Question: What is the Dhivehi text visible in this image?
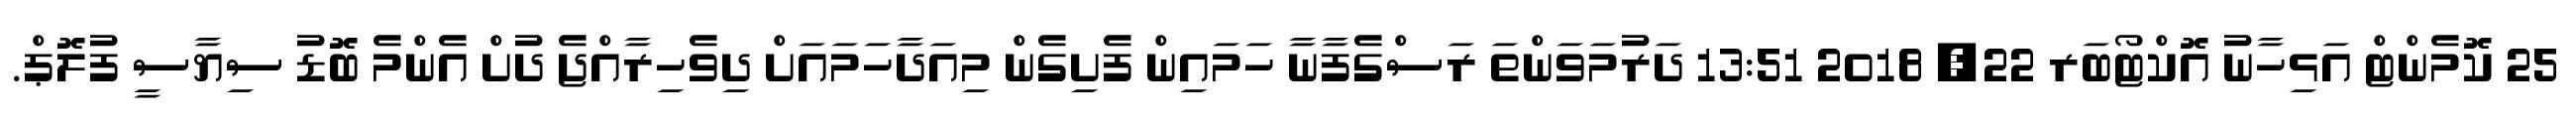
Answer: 25 ކޮމެންޓް އަޅިހާނު އޮކްޓޯބަރ 22, 2018 13:51 ދަރުމަވަންތަ ރަސްގެފާނާ ހަމައިން ފެށިގެން މިއަދާހަމައަށް ދިވެހިރާއްޖެ ދުށް އެންމެ ބޮޑު ސިޔާސީ ފުލޮޕް.